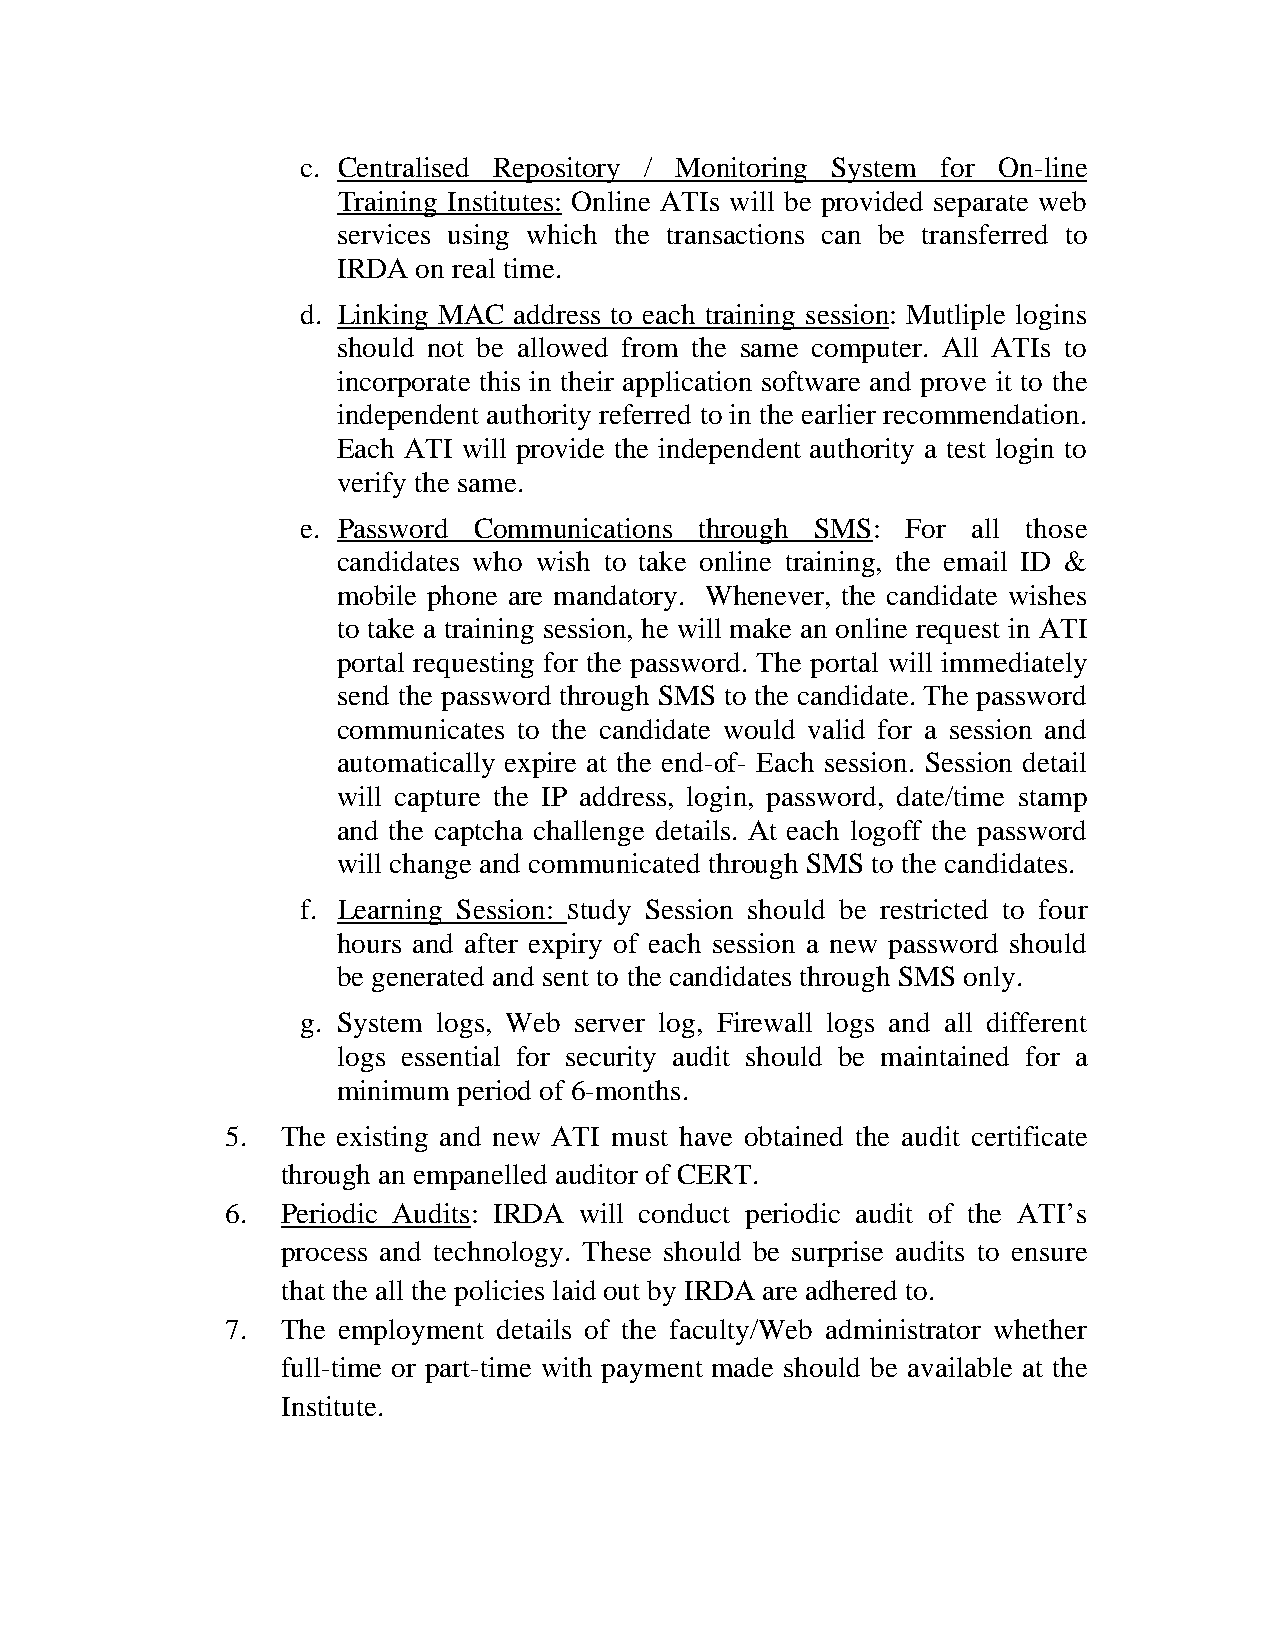
c. Centralised Repository / Monitoring System for On-line
 Training Institutes: Online ATIs will be provided separate web
 services using which the transactions can be transferred to
 IRDA  on real time.
 d. Linking MAC address to each training session: Mutliple logins
 should not be allowed from the same computer. All ATIs to
 incorporate this in their application software and prove it to the
 independent authority referred to in the earlier recommendation.
 Each ATI will provide the independent authority a test login to
 verify the same.
 e. Password Communications through SMS: For all those
 candidates who wish to take online training, the email ID &
 mobile phone are mandatory. Whenever, the candidate wishes
 to take a training session, he will make an online request in ATI
 portal requesting for the password. The portal will immediately
 send the password through SMS to the candidate. The password
 communicates to the candidate would valid for a session and
 automatically expire at the end-of- Each session. Session detail
 will capture the IP address, login, password, date/time stamp
 and the captcha challenge details. At each logoff the password
 will change and communicated through SMS to the candidates.
 f. Learning Session: Study Session should be restricted to four
 hours and after expiry of each session a new password should
 be generated and sent to the candidates through SMS only.
 g. System logs, Web server log, Firewall logs and all different
 logs essential for security audit should be maintained for a
 minimum period of 6-months.
 5.  The existing and new ATI must have obtained the audit certificate
 through an empanelled auditor of CERT.
 6.  Periodic Audits: IRDA will conduct periodic audit of the ATI’s
 process and technology. These should be surprise audits to ensure
 that the all the policies laid out by IRDA are adhered to.
 7.  The employment details of the faculty/Web administrator whether
 full-time or part-time with payment made should be available at the
 Institute.